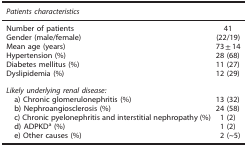
| Patients characteristics |  |
 | --- | --- |
 | Number of patients | 41 |
 | Gender (male/female) | (22/19) |
 | Mean age (years) | 73±14 |
 | Hypertension (%) | 28 (68) |
 | Diabetes mellitus (%) | 11 (27) |
 | Dyslipidemia (%) | 12 (29) |
 | <COLSPAN=2> Likely underlying renal disease: |
 | a) Chronic glomerulonephritis (%) | 13 (32) |
 | b) Nephroangiosclerosis (%) | 24 (58) |
 | c) Chronic pyelonephritis and interstitial nephropathy (%) | 1 (2) |
 | d) ADPKDa (%) | 1 (2) |
 | e) Other causes (%) | 2 (~5) |